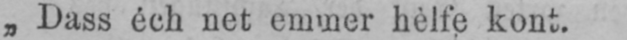
„Dass éch net emmer hèlfe kont.